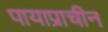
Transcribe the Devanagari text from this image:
पायाप्राचीन